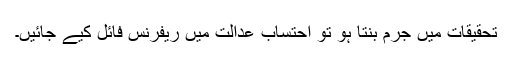
تحقیقات میں جرم بنتا ہو تو احتساب عدالت میں ریفرنس فائل کیے جائیں۔